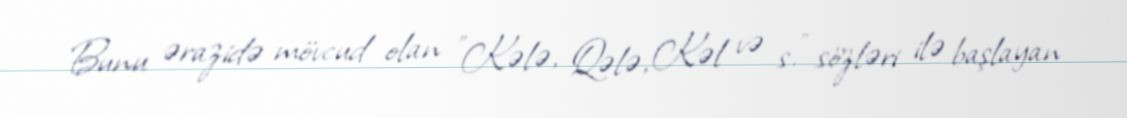
Bunu ərazidə mövcud olan "Kələ, Qələ, Kəl və s." sözləri ilə başlayan